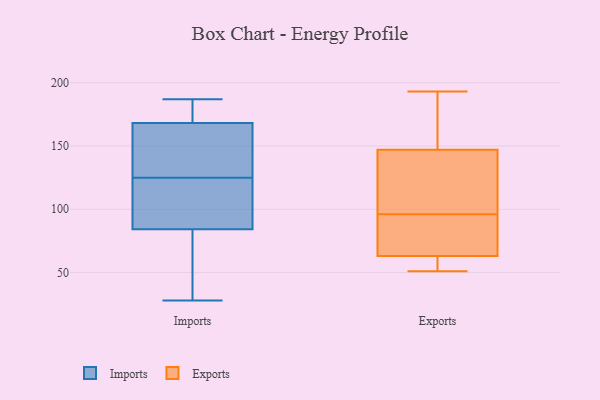
{"axis": {"x": "Energy Usage (MWh)", "y": "Value"}, "legend": ["Exports", "Imports"], "data": [{"x": "", "y": 174, "type": "Imports"}, {"x": "", "y": 79, "type": "Imports"}, {"x": "", "y": 168, "type": "Imports"}, {"x": "", "y": 187, "type": "Imports"}, {"x": "", "y": 125, "type": "Imports"}, {"x": "", "y": 93, "type": "Imports"}, {"x": "", "y": 169, "type": "Imports"}, {"x": "", "y": 125, "type": "Imports"}, {"x": "", "y": 86, "type": "Imports"}, {"x": "", "y": 50, "type": "Imports"}, {"x": "", "y": 28, "type": "Imports"}, {"x": "", "y": 136, "type": "Imports"}, {"x": "", "y": 131, "type": "Imports"}, {"x": "", "y": 147, "type": "Exports"}, {"x": "", "y": 96, "type": "Exports"}, {"x": "", "y": 193, "type": "Exports"}, {"x": "", "y": 67, "type": "Exports"}, {"x": "", "y": 61, "type": "Exports"}, {"x": "", "y": 160, "type": "Exports"}, {"x": "", "y": 96, "type": "Exports"}, {"x": "", "y": 142, "type": "Exports"}, {"x": "", "y": 63, "type": "Exports"}, {"x": "", "y": 51, "type": "Exports"}]}